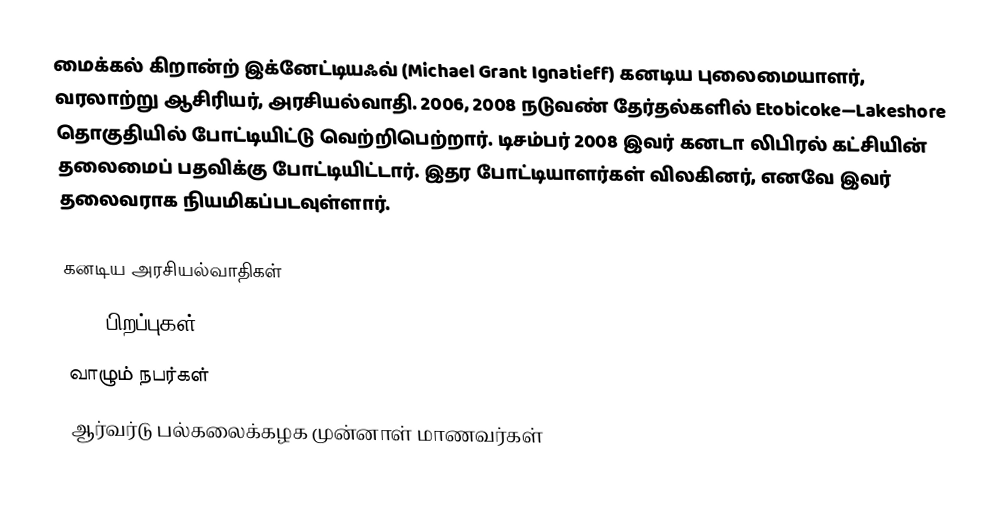
மைக்கல் கிறான்ற் இக்னேட்டியஃவ் (Michael Grant Ignatieff) கனடிய புலைமையாளர், வரலாற்று ஆசிரியர், அரசியல்வாதி.  2006, 2008 நடுவண் தேர்தல்களில் Etobicoke—Lakeshore தொகுதியில் போட்டியிட்டு வெற்றிபெற்றார்.  டிசம்பர் 2008 இவர் கனடா லிபிரல் கட்சியின் தலைமைப் பதவிக்கு போட்டியிட்டார்.  இதர போட்டியாளர்கள் விலகினர், எனவே இவர் தலைவராக நியமிகப்படவுள்ளார்.

கனடிய அரசியல்வாதிகள்
1947 பிறப்புகள்
வாழும் நபர்கள்
ஆர்வர்டு பல்கலைக்கழக முன்னாள் மாணவர்கள்